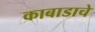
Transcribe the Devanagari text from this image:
काबाडाचे